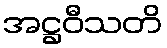
အဋ္ဌဝီသတိ